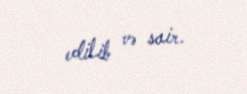
edilib və sair.